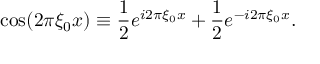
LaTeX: \cos ( 2 \pi \xi _ { 0 } x ) \equiv { \frac { 1 } { 2 } } e ^ { i 2 \pi \xi _ { 0 } x } + { \frac { 1 } { 2 } } e ^ { - i 2 \pi \xi _ { 0 } x } .